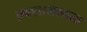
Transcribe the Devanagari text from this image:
एक्सामानता